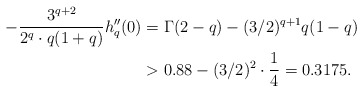
\begin{align*}-\frac{3^{q+2}}{2^q\cdot q(1+q)} h_q''(0) &= \Gamma(2-q) - (3/2)^{q+1}q(1-q) \\&> 0.88 - (3/2)^2\cdot \frac{1}{4} = 0.3175.\end{align*}